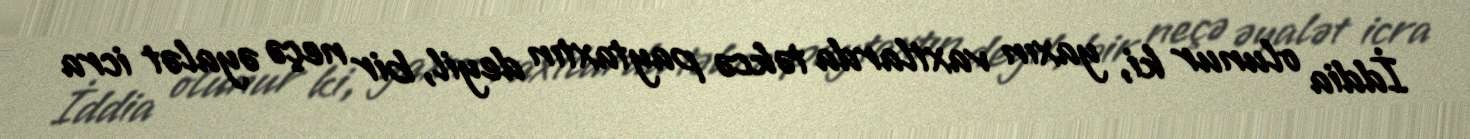
İddia olunur ki, yaxın vaxtlarda təkcə paytaxtın deyil, bir neçə əyalət icra